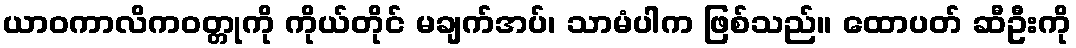
ယာဝကာလိကဝတ္တုကို ကိုယ်တိုင် မချက်အပ်၊ သာမံပါက ဖြစ်သည်။ ထောပတ် ဆီဦးကို